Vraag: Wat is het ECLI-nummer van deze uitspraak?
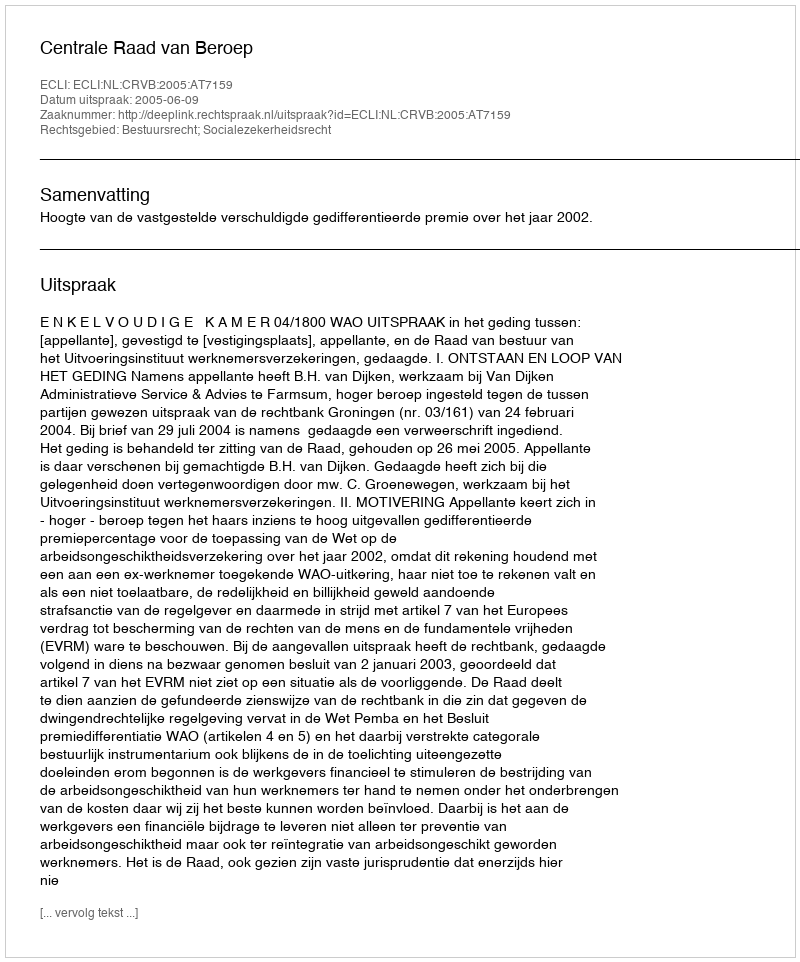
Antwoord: ECLI:NL:CRVB:2005:AT7159